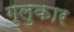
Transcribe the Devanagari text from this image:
गुलुकार